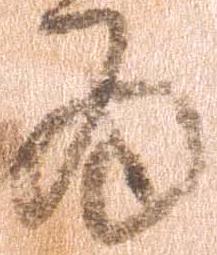
為